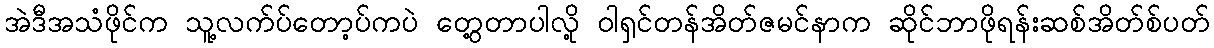
အဲဒီအသံဖိုင်က သူ့လက်ပ်တော့ပ်ကပဲ တွေ့တာပါလို့ ဝါရှင်တန်အိတ်ဇမင်နာက ဆိုင်ဘာဖိုရန်းဆစ်အိတ်စ်ပတ်